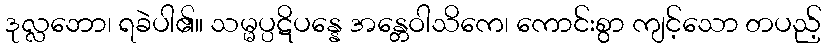
ဒုလ္လဘော၊ ရခဲပါ၏။ သမ္မပ္ပဋိပန္နေ အန္တေဝါသိကေ၊ ကောင်းစွာ ကျင့်သော တပည့်